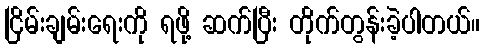
ငြိမ်းချမ်းရေးကို ရဖို့ ဆက်ပြီး တိုက်တွန်းခဲ့ပါတယ်။